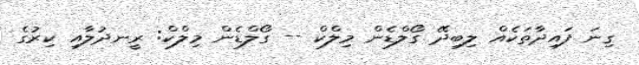
ގިނަ ފައިދާތަކެއް ލިބިދޭ ގޯލްޑެން މިލްްކް -- ގޯލްޑެން މިލްކް: ރީނދުލާއި ކިރުގެ